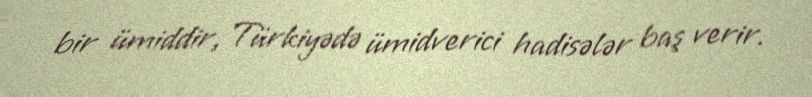
bir ümiddir, Türkiyədə ümidverici hadisələr baş verir.